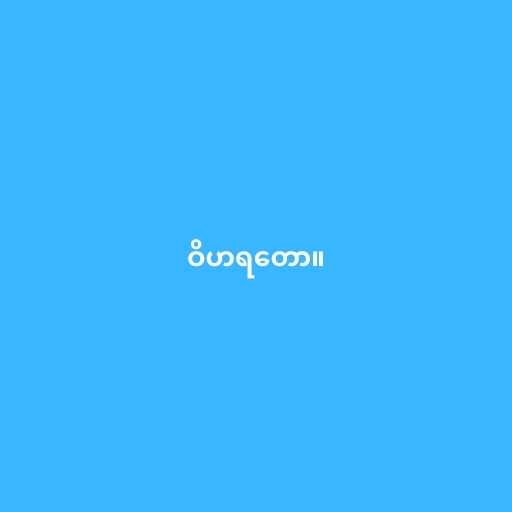
ဝိဟရတော။